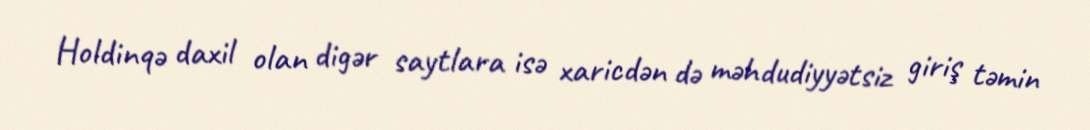
Holdinqə daxil olan digər saytlara isə xaricdən də məhdudiyyətsiz giriş təmin